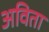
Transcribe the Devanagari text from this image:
अविता